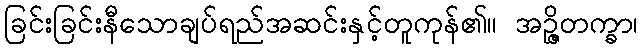
ခြင်းခြင်းနီသောချပ်ရည်အဆင်းနှင့်တူကုန်၏။ အဉ္ဇိတက္ခာ၊